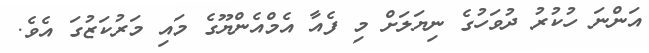
އަންނަ ހުކުރު ދުވަހުގެ ނިޔަލަށް މި ފެއާ އެމްއެންޔޫގެ މައި މަރުކަޒުގަ އެވެ.